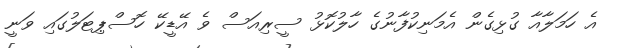
އެ ހަމަލާއާ ގުޅިގެން އެމަނިކުފާނުގެ ހާލުކޮޅު ސީރިއަސް ވެ އޭޑީކޭ ހޮސްޕިޓަލުގައި ވަނީ